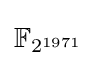
\mathbb {F} _{2^{1971}}